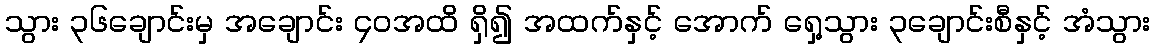
သွား ၃၆ချောင်းမှ အချောင်း ၄၀အထိ ရှိ၍ အထက်နှင့် အောက် ရှေ့သွား ၃ချောင်းစီနှင့် အံသွား